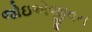
જોઇએજીવન